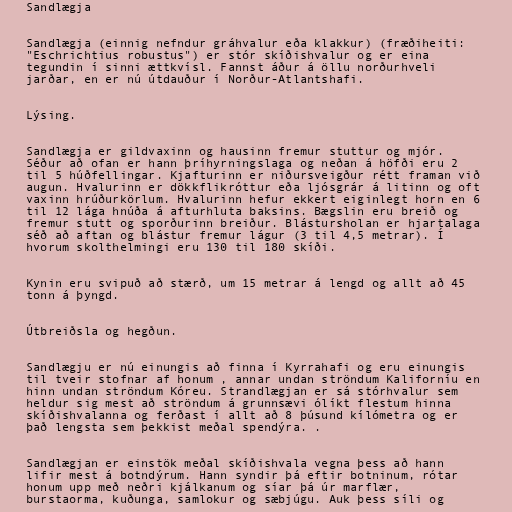
Sandlægja

Sandlægja (einnig nefndur gráhvalur eða klakkur) (fræðiheiti:
"Eschrichtius robustus") er stór skíðishvalur og er eina
tegundin í sinni ættkvísl. Fannst áður á öllu norðurhveli
jarðar, en er nú útdauður í Norður-Atlantshafi.

Lýsing.

Sandlægja er gildvaxinn og hausinn fremur stuttur og mjór.
Séður að ofan er hann þríhyrningslaga og neðan á höfði eru 2
til 5 húðfellingar. Kjafturinn er niðursveigður rétt framan við
augun. Hvalurinn er dökkflikróttur eða ljósgrár á litinn og oft
vaxinn hrúðurkörlum. Hvalurinn hefur ekkert eiginlegt horn en 6
til 12 lága hnúða á afturhluta baksins. Bægslin eru breið og
fremur stutt og sporðurinn breiður. Blástursholan er hjartalaga
séð að aftan og blástur fremur lágur (3 til 4,5 metrar). Í
hvorum skolthelmingi eru 130 til 180 skíði.

Kynin eru svipuð að stærð, um 15 metrar á lengd og allt að 45
tonn á þyngd.

Útbreiðsla og hegðun.

Sandlægju er nú einungis að finna í Kyrrahafi og eru einungis
til tveir stofnar af honum , annar undan ströndum Kaliforníu en
hinn undan ströndum Kóreu. Strandlægjan er sá stórhvalur sem
heldur sig mest að ströndum á grunnsævi ólíkt flestum hinna
skíðishvalanna og ferðast í allt að 8 þúsund kílómetra og er
það lengsta sem þekkist meðal spendýra. .

Sandlægjan er einstök meðal skíðishvala vegna þess að hann
lifir mest á botndýrum. Hann syndir þá eftir botninum, rótar
honum upp með neðri kjálkanum og síar þá úr marflær,
burstaorma, kuðunga, samlokur og sæbjúgu. Auk þess síli og